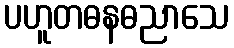
ပဟူတဓနဓညာသေ